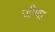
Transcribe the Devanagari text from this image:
जीणा